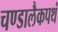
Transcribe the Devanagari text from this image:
चण्डालैकपथं